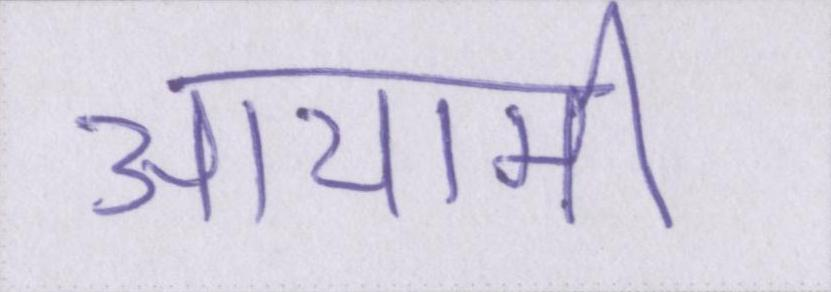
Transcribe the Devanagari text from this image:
आयामी